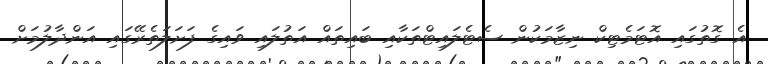
އެ ގޮތުގައި އޮޓަމެޓިކް ނިޒާމަކުން ސެޓެލައިޓްތަކާއި ބައިތައް އަތުލައި ވައިގެ ފަށަލަތެރޭގައި އަންދާލުމަށް